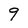
Character: 9